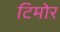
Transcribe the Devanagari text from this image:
टिमोर